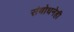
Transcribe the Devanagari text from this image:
संबोधनेही